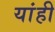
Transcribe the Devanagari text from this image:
यांही